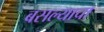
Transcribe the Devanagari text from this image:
बसल्याचा